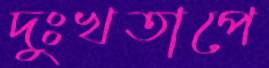
দুঃখতাপে